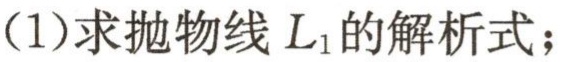
(1)求抛物线 \(L_{1}\) 的解析式；